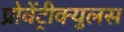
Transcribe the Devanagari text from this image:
प्रोवेंट्रीक्युलस